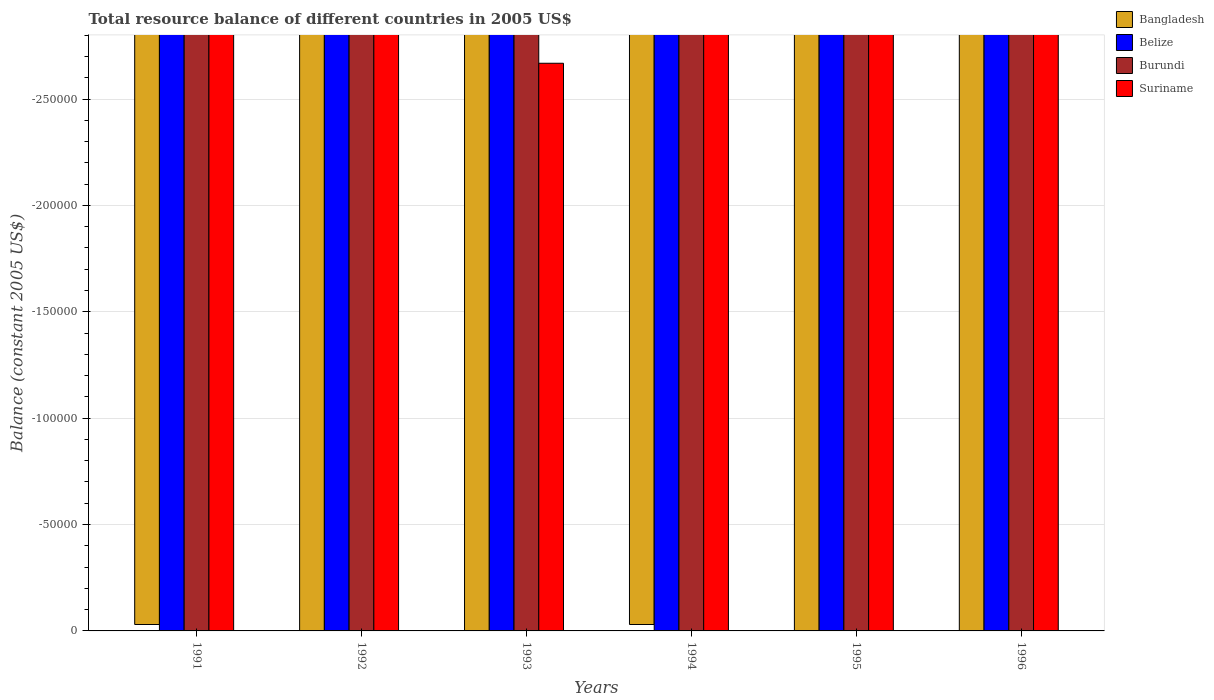
| Years | Bangladesh | Belize | Burundi | Suriname |
 | --- | --- | --- | --- | --- |
 | 1991 | -6.15e+10 | -9.41e+07 | -3.94e+10 | -4.46e+05 |
 | 1992 | -5.69e+10 | -3.32e+07 | -4.68e+10 | -3.1e+05 |
 | 1993 | -6.38e+10 | -3.91e+07 | -4.05e+10 | -2.67e+05 |
 | 1994 | -6.58e+10 | -3.03e+07 | -4.26e+10 | -2.81e+06 |
 | 1995 | -9.88e+10 | -1.43e+07 | -3.59e+10 | -1.34e+07 |
 | 1996 | -1.27e+11 | -3.37e+06 | -2.61e+10 | -2.56e+07 |